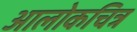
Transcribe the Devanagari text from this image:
आलोकचित्र